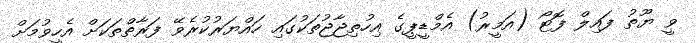
ވީ ޔޫތު ފައިލް ފޮޓޯ (އަމީރު) އެމްޑީޕީގެ އިހުތިޖާޖުތަކުގައި ހައްޔަރުކުރެވޭ ފަރާތްތަކަށް އެހީވުމަށް